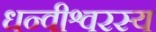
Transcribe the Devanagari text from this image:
धन्वीश्वरस्य